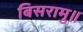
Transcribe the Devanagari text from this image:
बिसरामु॥